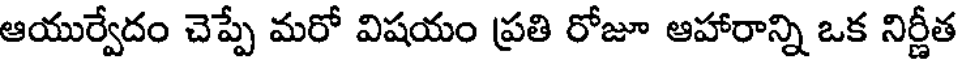
ఆయుర్వేదం చెప్పే మరో విషయం ప్రతి రోజూ ఆహారాన్ని ఒక నిర్ణీత